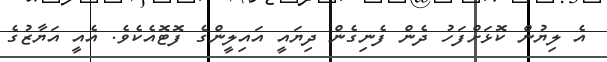
އެ ލިޔުން ކޮޅަށްފަހު ދެން ފެނިގެން ދިޔައީ އައިލީންގެ ފޮޓޮއެކެވެ. އެއީ އަޔާޒުގެ